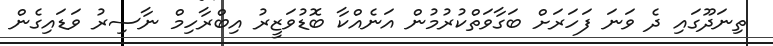
ތިނަދޫގައި ދެ ވަނަ ފަހަރަށް ބަގާވަތްކުރުމުން އަނެއްކާ ބޮޑުވަޒީރު އިބްރާހިމް ނާސިރު ވަޑައިގެން